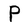
Character: P